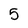
Character: 5